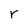
Character: r